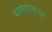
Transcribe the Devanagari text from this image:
मालवणकडून